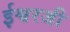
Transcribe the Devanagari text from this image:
ईश्वरजी